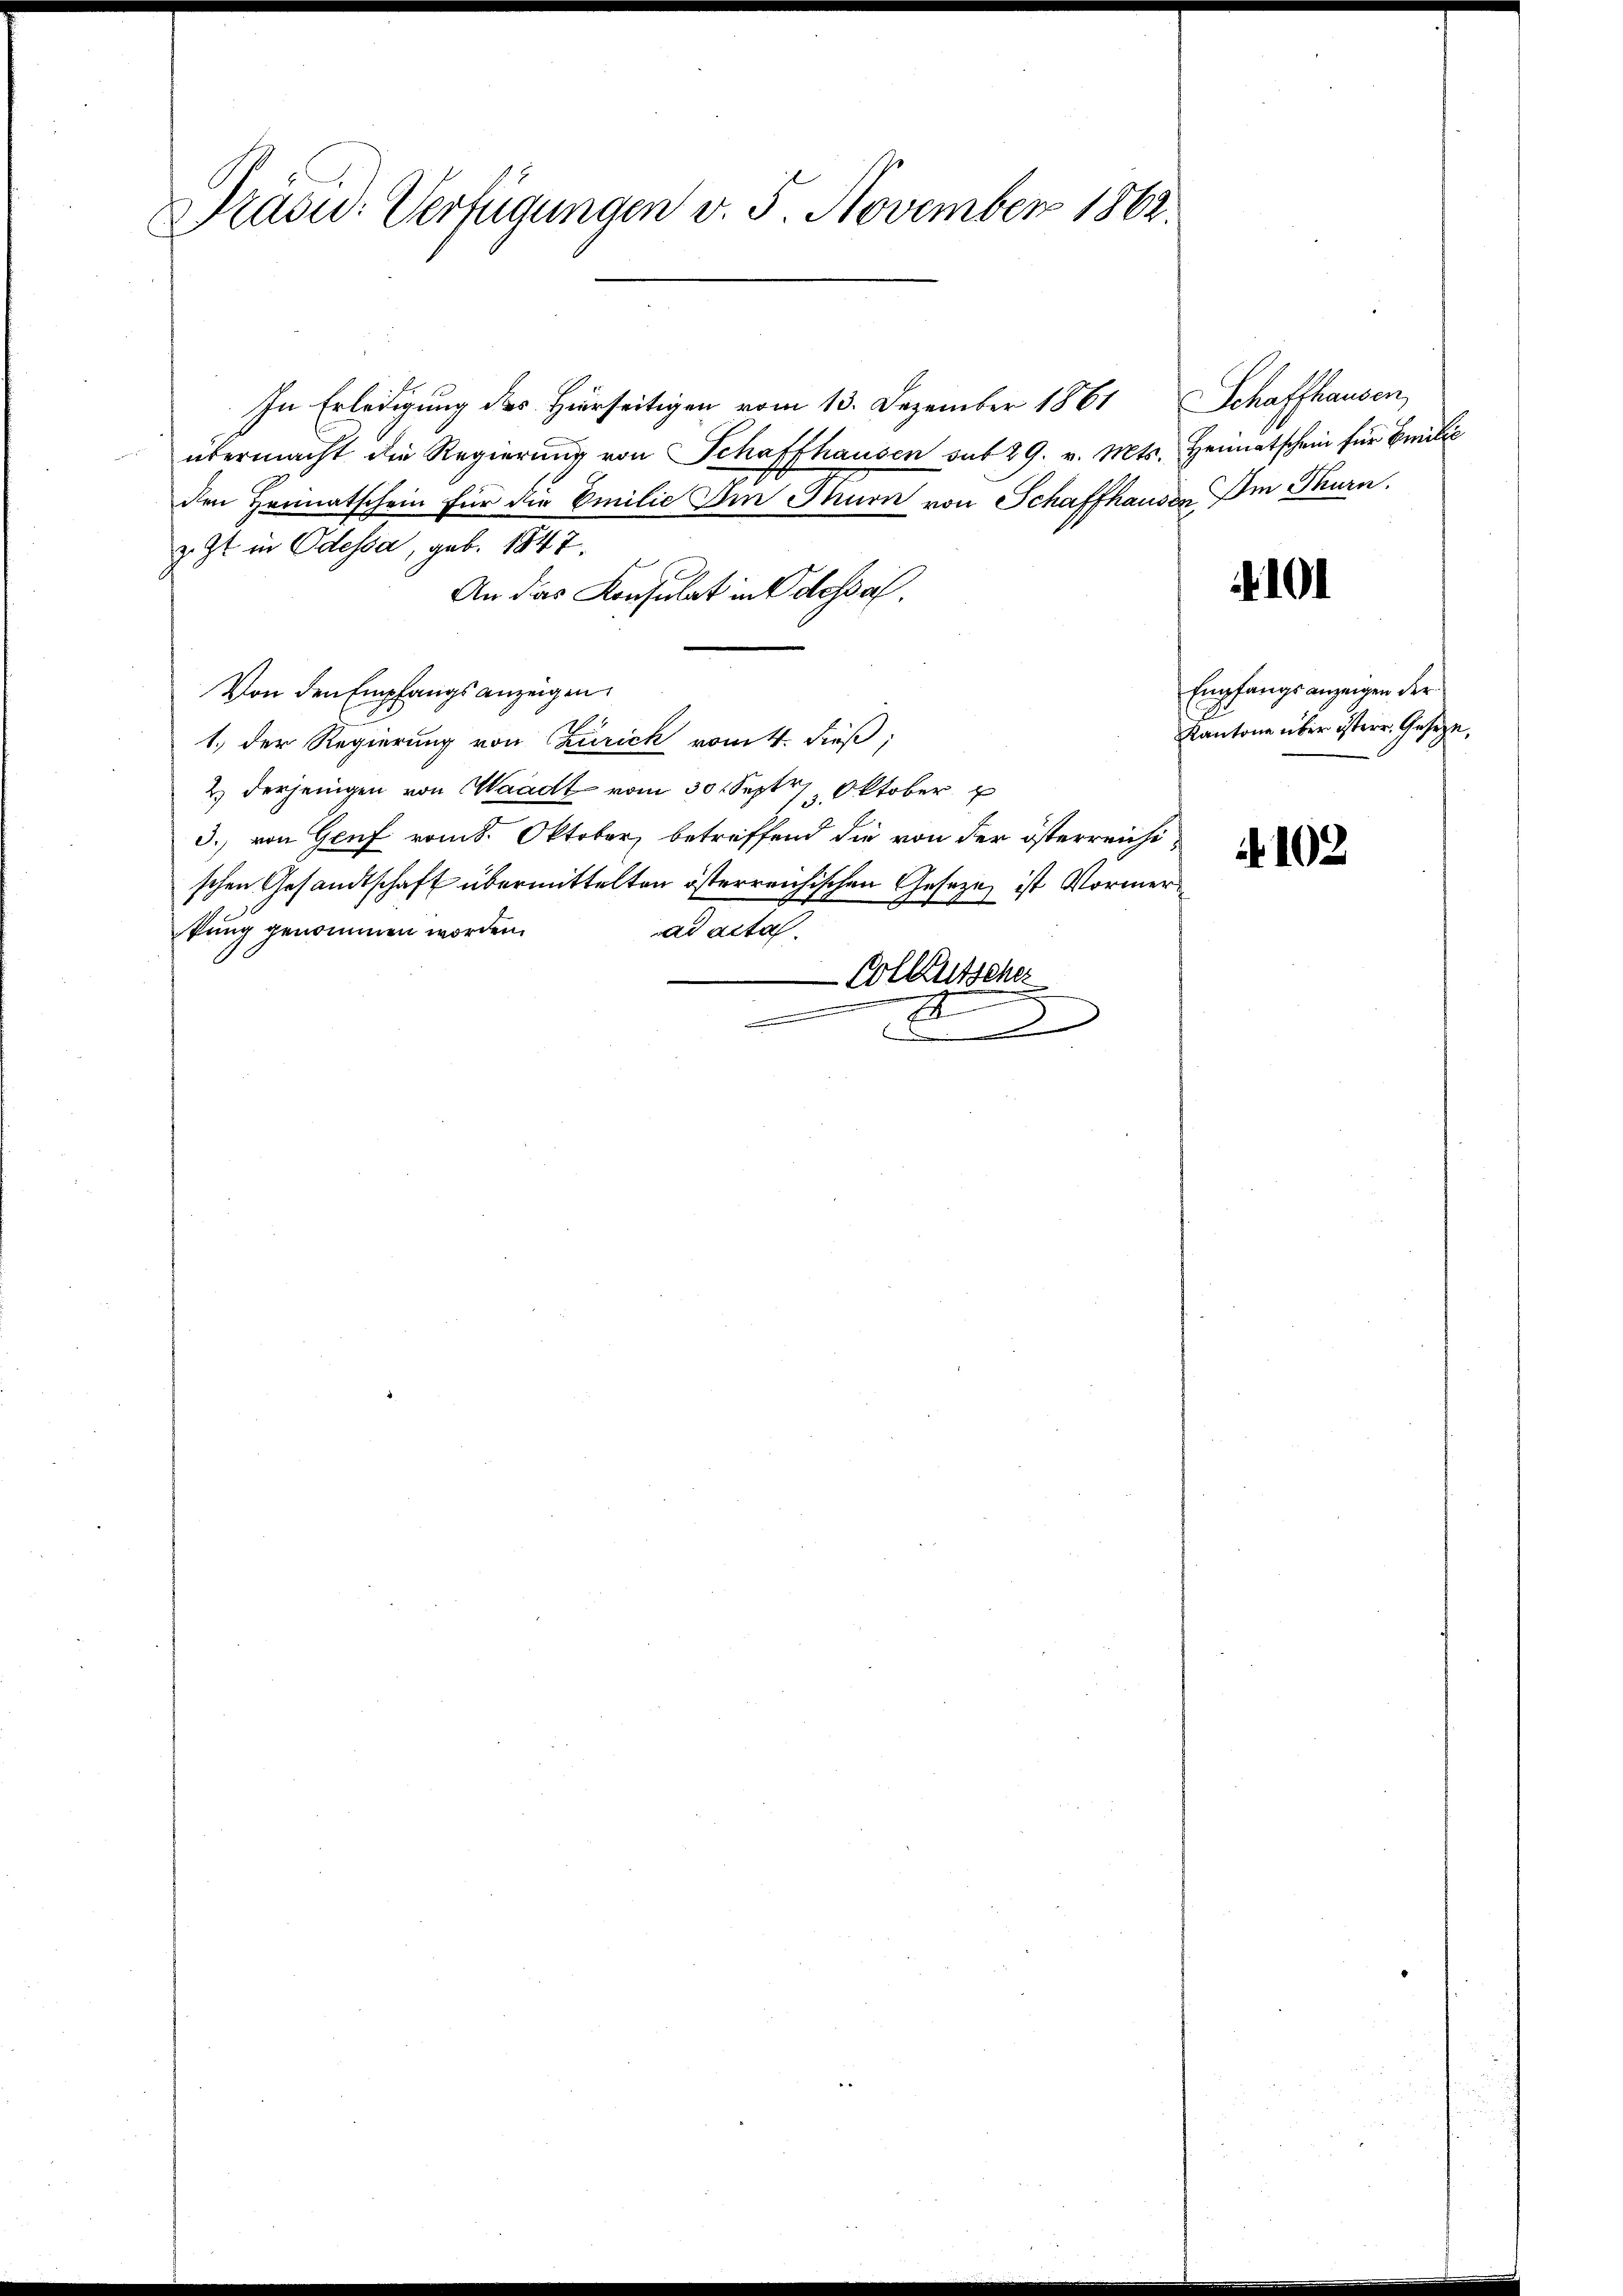
Präsid. Verfügungen v. 5. November 1862.

In Erledigung des Hierseitigen vom 13. Dezember 1861
übermacht die Regierŭng von Schaffhausen sat 29. v. Mts. Heimatschein für Emilie
den Heimatschein für die Emilie Im Thurn von Schaffhausen. Im Thurn.
z. Zt. in Odessa, geb. 1847.
An das Konsulat in Odessa
Von den Empfangsanzeigen.
1.) Der Regierung von Churich vom 4. dieß,
2) derjenigen von Waadt vom 30 Sept. Oktober
3., von Genf vom 8. Oktober, betreffend die von der österreichischen Gesandtschaft übermittelten österreichischen Gesetze ist Vormerkung genommen worden.
ad acta.
-Collausscher
I
.
din

Schaffhausen,

Empfangsanzeigen der
Kantone über isterr. Gesetze,

101

102